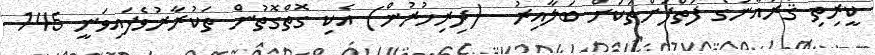
ކީރިތި ޤުރުއާނުގެ ފަތްފުށްތަކަށް ބަލާއިރު  (ދިރިހުރުން) އެކި ގޮތްގޮތުން ތަކުރާރުވެފައިވަނީ 145